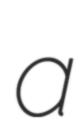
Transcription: a